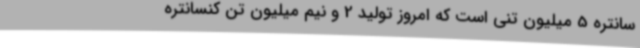
سانتره 5 میلیون تنی است که امروز تولید 2 و نیم میلیون تن کنسانتره